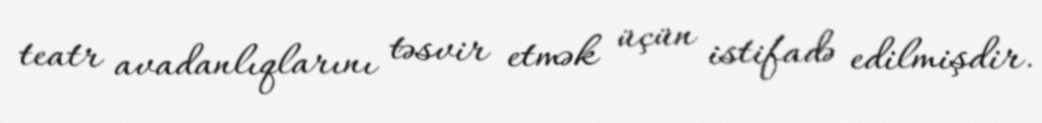
teatr avadanlıqlarını təsvir etmək üçün istifadə edilmişdir.